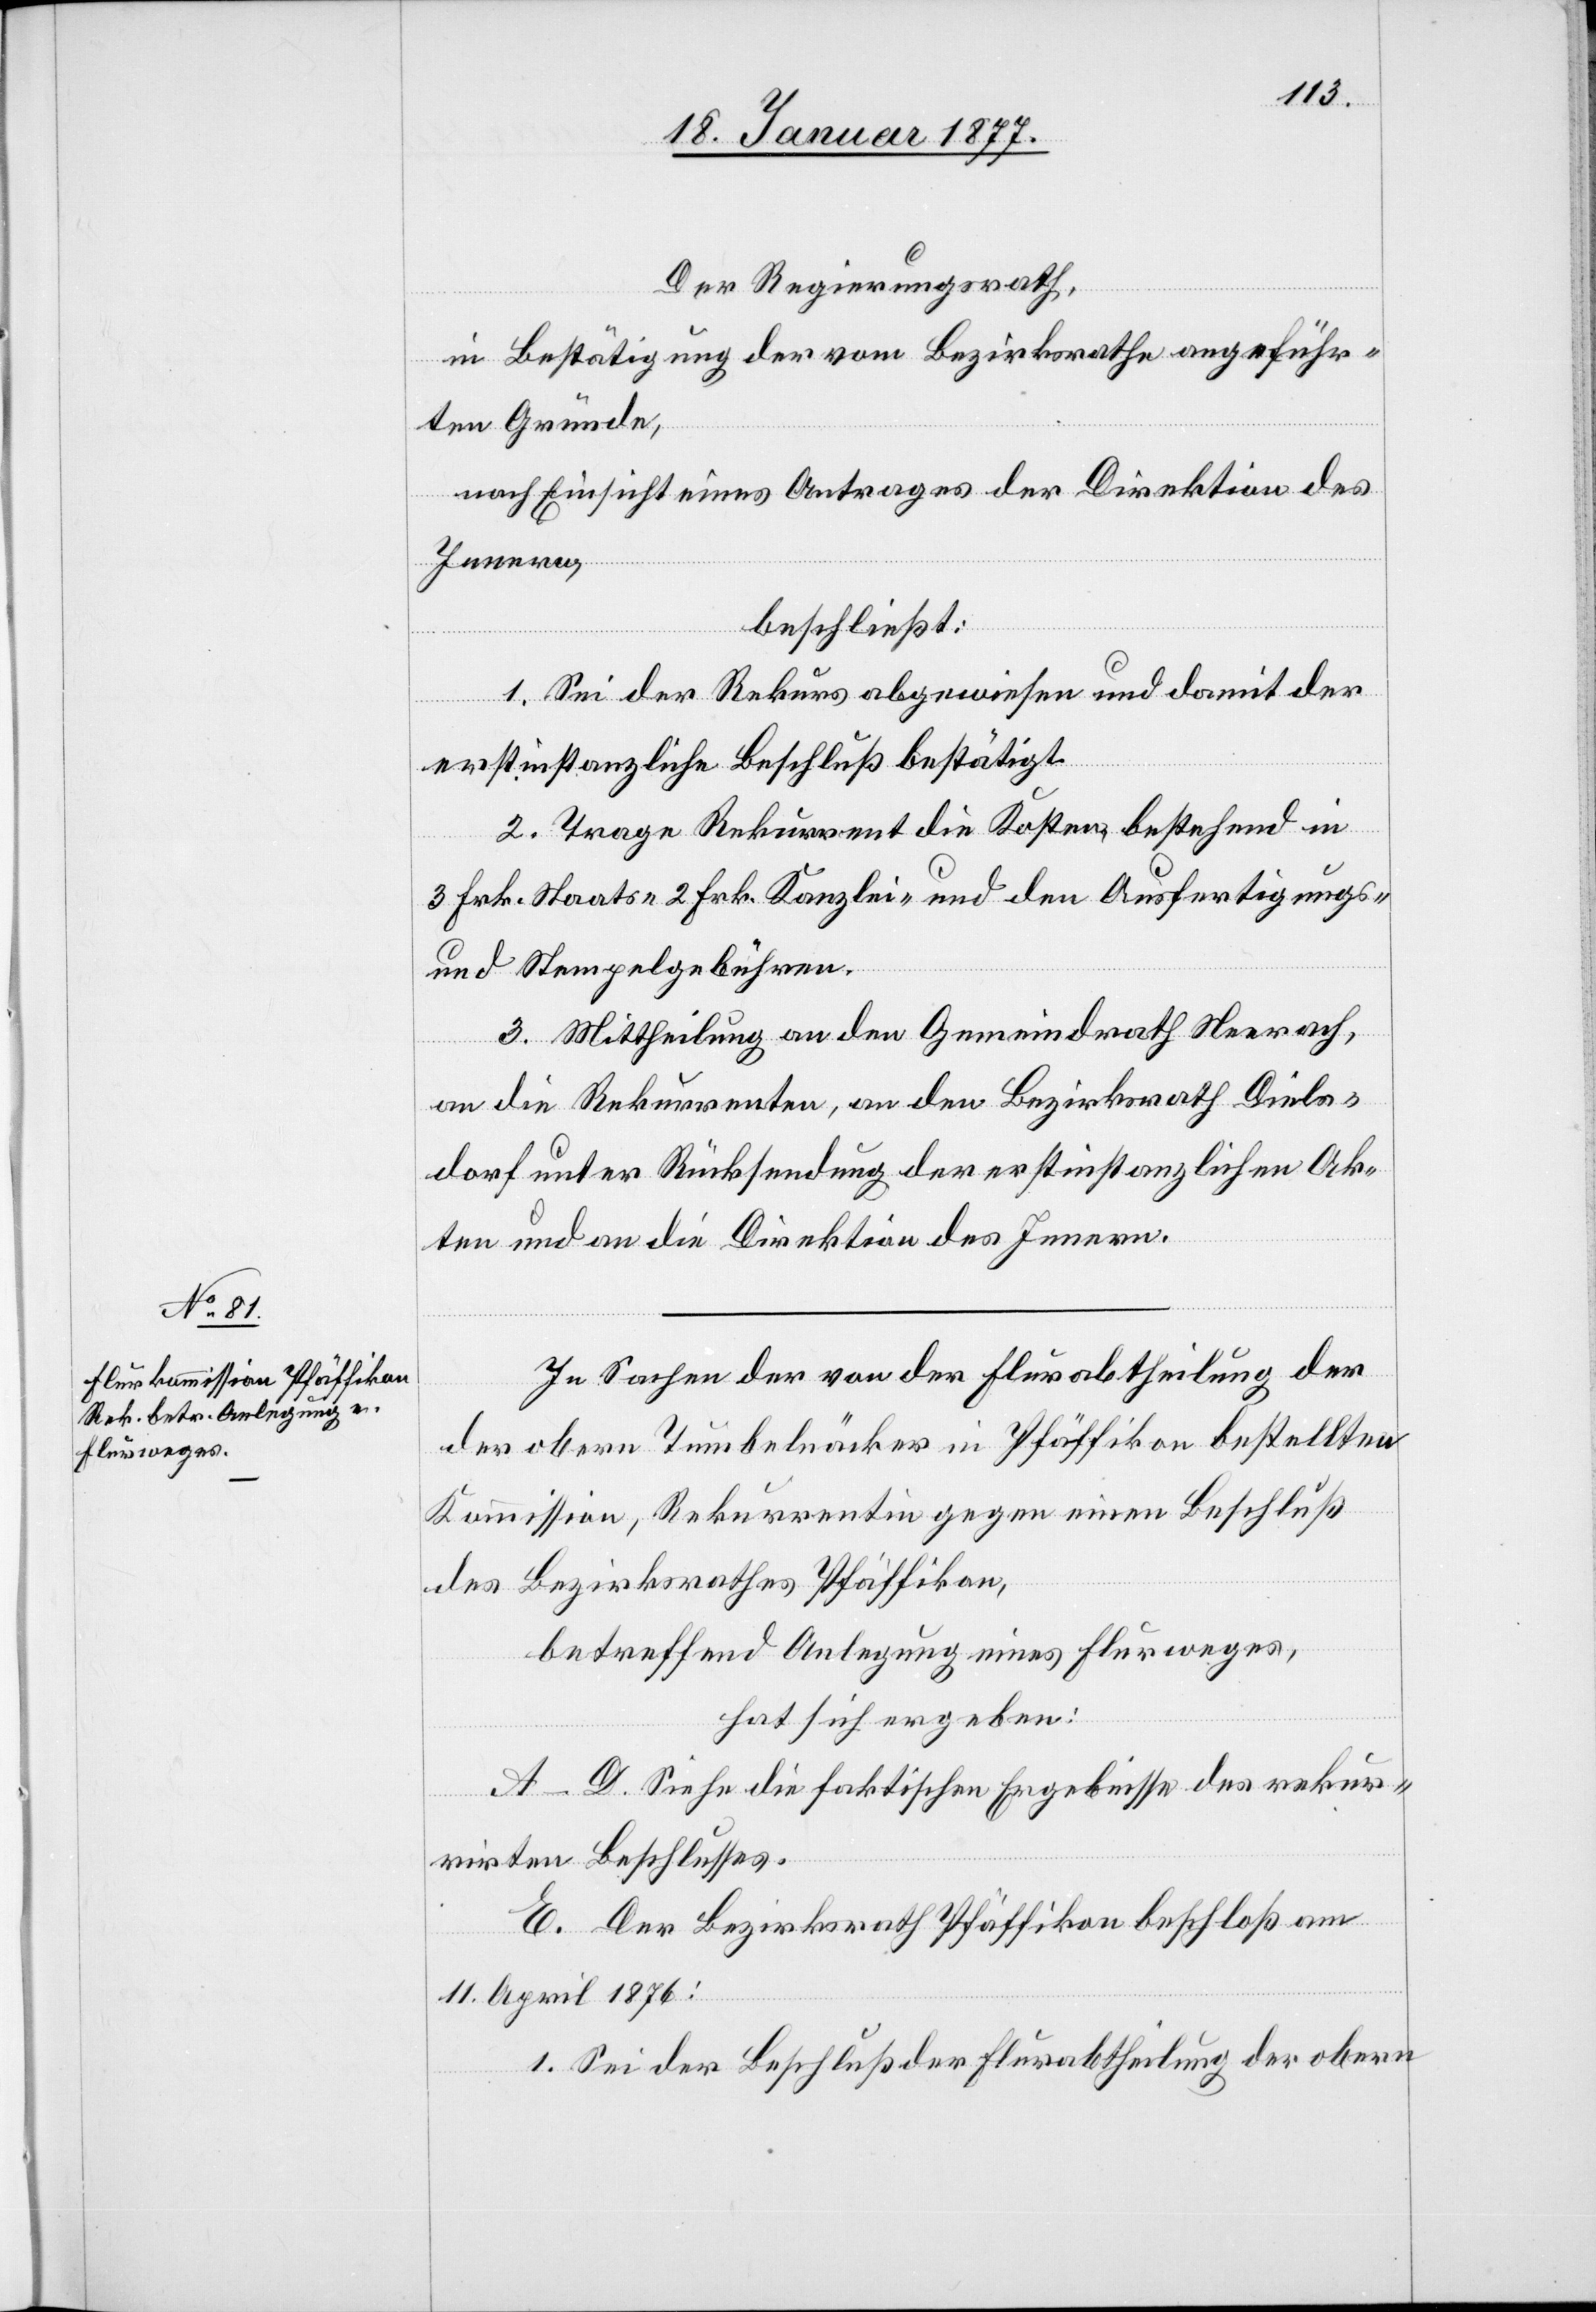
Der Regierungsrath,
in Bestätigung der vom Bezirksrathe angeführ¬
ten Gründe,
nach Einsicht eines Antrages der Direktion des
Innern,
beschließt:
1. Sei der Rekurs abgewiesen und damit der
erstinstanzliche Beschluß bestätigt.
2. Trage Rekurrent die Kosten, bestehend in
3 Frk. Staats-[,] 2 Frk. Kanzlei- und den Ausfertigungs-
und Stempelgebühren.
3. Mittheilung an den Gemeindrath Neerach,
an die Rekurrenten, an den Bezirksrath Diels¬
dorf unter Rücksendung der erstinstanzlichen Ak¬
ten und an die Direktion des Innern.
In Sachen der von der Flurabtheilung der
obern Tumbeläcker in Pfäffikon bestellten
Kommission, Rekurrentin gegen einen Beschluß
des Bezirksrathes Pfäffikon,
betreffend Anlegung eines Flurweges,
hat sich ergeben:
A–D. Siehe die faktischen Ergebnisse des rekur¬
rirten Beschlusses.
E. Der Bezirksrath Pfäffikon beschloß am
11. April 1876:
1. Sei der Beschluß der Flurabtheilung der obern